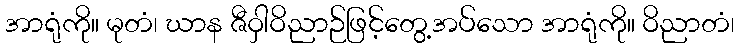
အာရုံကို။ မုတံ၊ ဃာန ဇီဝှါဝိညာဉ်ဖြင့်တွေ့အပ်သော အာရုံကို။ ဝိညာတံ၊